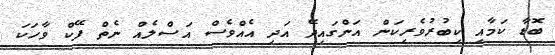
ބޮޑާ ކަމާއި ކިބުރުވެރިކަން އަންގައިދޭ އަދި އެއްވެސް އަސްލެއް ނެތް ފޭކް ވާހަކަ